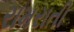
રામરાતી